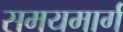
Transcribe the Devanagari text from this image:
समयमार्ग